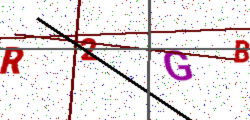
Text: R2GB